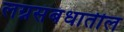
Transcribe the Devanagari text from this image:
लग्नसंबंधातील